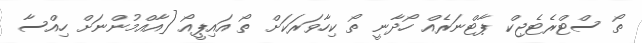
ތޯ ސްޓްރެޓެޖިކް ޕާޓްނަރެއް ހޯދާނީ ތޯ ކިހާވަރަކަށް ތޯ އައިޕީއޯ [އާއްމުންނަށް ހިއްސާ